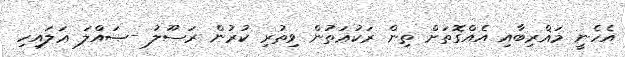
އެހެނީ މަޣްރިބާއި އެއްގޮތަށް ތިން ރަކުޢަތުން ވިތުރި ކުރުން ރަސޫލު -ޞައްލަ ޢަލައިހި